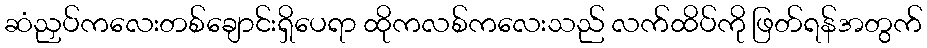
ဆံညှပ်ကလေးတစ်ချောင်းရှိပေရာ ထိုကလစ်ကလေးသည် လက်ထိပ်ကို ဖြတ်ရန်အတွက်